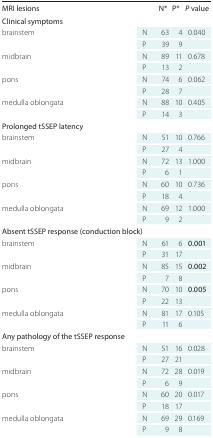
| MRI lesions |  | N* | P* | P value |
 | --- | --- | --- | --- | --- |
 | <COLSPAN=5> Clinical symptoms |
 | <ROWSPAN=2> brainstem | N | 63 | 4 | <ROWSPAN=2> 0.040 |
 | P | 39 | 9 |
 | <ROWSPAN=2> midbrain | N | 89 | 11 | <ROWSPAN=2> 0.678 |
 | P | 13 | 2 |
 | <ROWSPAN=2> pons | N | 74 | 6 | <ROWSPAN=2> 0.062 |
 | P | 28 | 7 |
 | <ROWSPAN=2> medulla oblongata | N | 88 | 10 | <ROWSPAN=2> 0.405 |
 | P | 14 | 3 |
 | <COLSPAN=5> Prolonged tSSEP latency |
 | <ROWSPAN=2> brainstem | N | 51 | 10 | <ROWSPAN=2> 0.766 |
 | P | 27 | 4 |
 | <ROWSPAN=2> midbrain | N | 72 | 13 | <ROWSPAN=2> 1.000 |
 | P | 6 | 1 |
 | <ROWSPAN=2> pons | N | 60 | 10 | <ROWSPAN=2> 0.736 |
 | P | 18 | 4 |
 | <ROWSPAN=2> medulla oblongata | N | 69 | 12 | <ROWSPAN=2> 1.000 |
 | P | 9 | 2 |
 | <COLSPAN=5> Absent tSSEP response (conduction block) |
 | <ROWSPAN=2> brainstem | N | 61 | 6 | <ROWSPAN=2> 0.001 |
 | P | 31 | 17 |
 | <ROWSPAN=2> midbrain | N | 85 | 15 | <ROWSPAN=2> 0.002 |
 | P | 7 | 8 |
 | <ROWSPAN=2> pons | N | 70 | 10 | <ROWSPAN=2> 0.005 |
 | P | 22 | 13 |
 | <ROWSPAN=2> medulla oblongata | N | 81 | 17 | <ROWSPAN=2> 0.105 |
 | P | 11 | 6 |
 | <COLSPAN=5> Any pathology of the tSSEP response |
 | <ROWSPAN=2> brainstem | N | 51 | 16 | <ROWSPAN=2> 0.028 |
 | P | 27 | 21 |
 | <ROWSPAN=2> midbrain | N | 72 | 28 | <ROWSPAN=2> 0.019 |
 | P | 6 | 9 |
 | <ROWSPAN=2> pons | N | 60 | 20 | <ROWSPAN=2> 0.017 |
 | P | 18 | 17 |
 | <ROWSPAN=2> medulla oblongata | N | 69 | 29 | <ROWSPAN=2> 0.169 |
 | P | 9 | 8 |